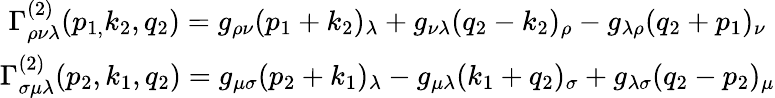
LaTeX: \begin{array}{c}{{\Gamma_{\rho\nu\lambda}^{\left(2\right)}(p_{1,}k_{2},q_{2})=g_{\rho\nu}(p_{1}+k_{2})_{\lambda}+g_{\nu\lambda}(q_{2}-k_{2})_{\rho}-g_{\lambda\rho}(q_{2}+p_{1})_{\nu}}}\\ {{\Gamma_{\sigma\mu\lambda}^{(2)}(p_{2},k_{1},q_{2})=g_{\mu\sigma}(p_{2}+k_{1})_{\lambda}-g_{\mu\lambda}(k_{1}+q_{2})_{\sigma}+g_{\lambda\sigma}(q_{2}-p_{2})_{\mu}}}\end{array}